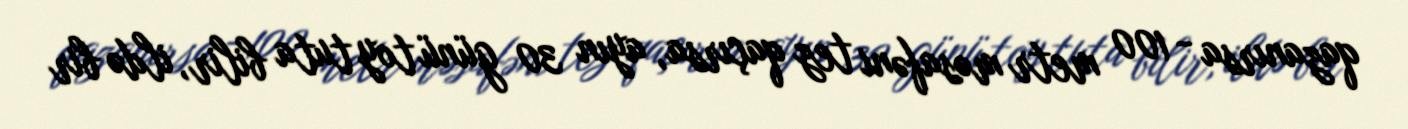
qazanırsa - 100 metr məsafəni tez qaçırsa, ayın 30 günü toy tuta bilir, ildə bir